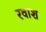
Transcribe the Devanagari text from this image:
रवाश